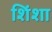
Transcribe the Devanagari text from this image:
शिंशा